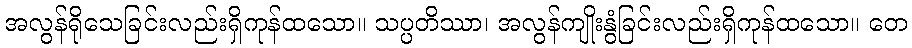
အလွန်ရိုသေခြင်းလည်းရှိကုန်ထသော။ သပ္ပတိဿာ၊ အလွန်ကျိုးနွံခြင်းလည်းရှိကုန်ထသော။ တေ